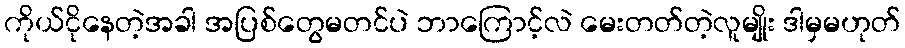
ကိုယ်ငိုနေတဲ့အခါ အပြစ်တွေမတင်ပဲ ဘာကြောင့်လဲ မေးတတ်တဲ့လူမျိုး ဒါမှမဟုတ်